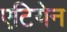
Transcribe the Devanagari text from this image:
एटियेन